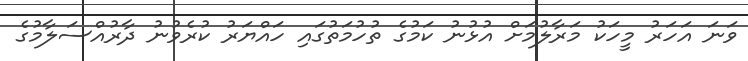
ވަނަ އަހަރު މީހަކު މަރާލުމަށް އުޅުނު ކަމުގެ ތުހުމަތުގައި ހައްޔަރު ކުރެވުނު ދާރުއްސަލާމުގެ